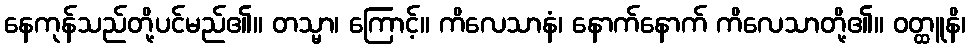
နေကုန်သည်တို့ပင်မည်၏။ တသ္မာ၊ ကြောင့်။ ကိလေသာနံ၊ နောက်နောက် ကိလေသာတို့၏။ ဝတ္ထူနိ၊